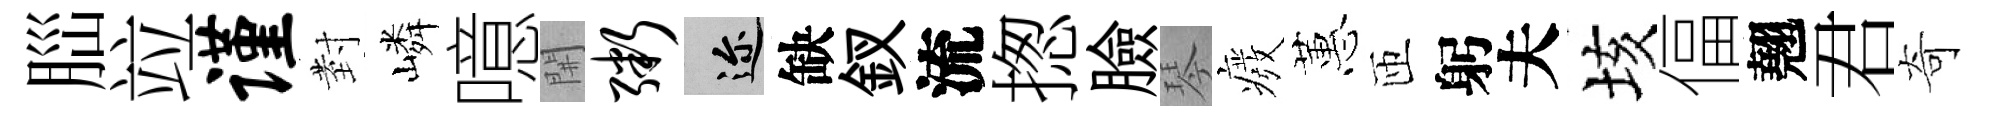
𦛁竝谨𭔹嶙噫𨳩粥邇缺釵流揔臉琴癈蕙匝躬夫垓偪翹君奇